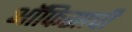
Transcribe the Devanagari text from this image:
ऑफिसाची